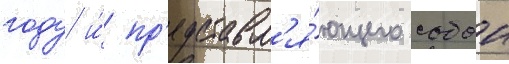
году и́ пр'едставл'я́ющего собои